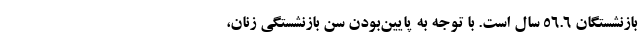
بازنشستگان ۵۶.۶ سال است. با توجه به پایین‌بودن سن بازنشستگی زنان،